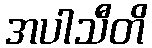
အပါသီတိ